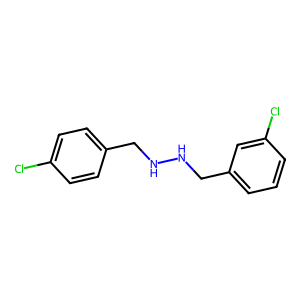
SMILES: Clc1ccc(CNNCc2cccc(Cl)c2)cc1
Inhibits HIV replication: No